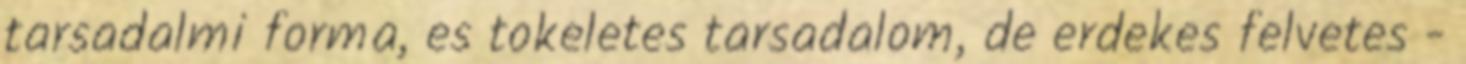
tarsadalmi forma, es tokeletes tarsadalom, de erdekes felvetes -